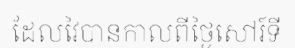
ដែលវៃបានកាលពីថ្ងៃសៅរ៍ទី